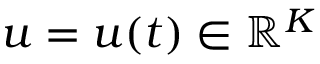
u = u ( t ) \in \mathbb { R } ^ { K }